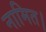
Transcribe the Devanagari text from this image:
नामित।